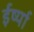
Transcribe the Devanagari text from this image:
ईर्ष्‍या